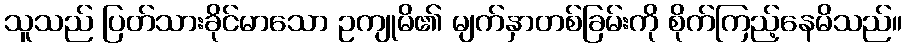
သူသည် ပြတ်သားခိုင်မာသော ဥကျုမိ၏ မျက်နှာတစ်ခြမ်းကို စိုက်ကြည့်နေမိသည်။